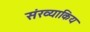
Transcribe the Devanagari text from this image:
संख्याकिय